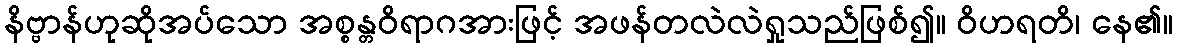
နိဗ္ဗာန်ဟုဆိုအပ်သော အစ္စန္တဝိရာဂအားဖြင့် အဖန်တလဲလဲရှုသည်ဖြစ်၍။ ဝိဟရတိ၊ နေ၏။